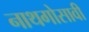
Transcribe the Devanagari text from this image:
नाथगोसावी